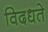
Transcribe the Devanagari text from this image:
विदधते